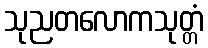
သုညတလောကသုတ္တံ